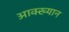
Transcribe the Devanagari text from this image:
आक्ख्यान